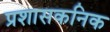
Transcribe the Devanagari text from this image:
प्रशासकनिक